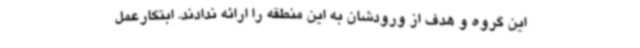
این گروه و هدف از ورودشان به این منطقه را ارائه ندادند. ابتکارعمل